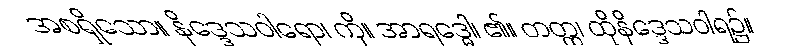
အစရှိသော။ နိဒ္ဒေသဝါရော၊ ကို။ အာရဒ္ဓေါ၊ ၏။ တတ္ထ၊ ထိုနိဒ္ဒေသဝါရ၌။